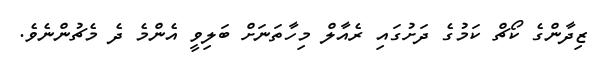
ޒިދާންގެ ކޯޗް ކަމުގެ ދަށުގައި ރެއާލް މިހާތަނަށް ބަލިވީ އެންމެ ދެ މެޗުންނެވެ.